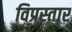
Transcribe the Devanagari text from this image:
विप्रस्तार